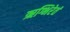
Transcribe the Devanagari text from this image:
ऋग्भिरेतं